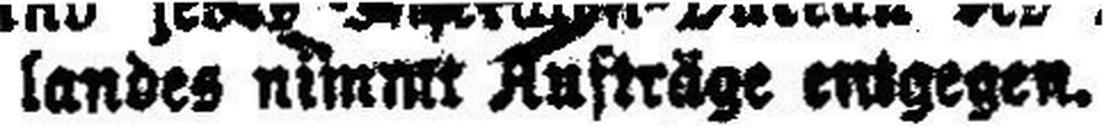
landes nimmt Aufträge entgegen.